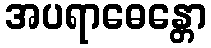
အပရာဓေန္တော